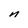
Character: n